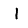
Digit: 1